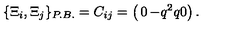
\{ \Xi _ { i } , \Xi _ { j } \} _ { P . B . } = C _ { i j } = \left( \begin{matrix} { 0 } & { - q ^ { 2 } } & { } \\ { q } & { 0 } & { } \\ \end{matrix} \right) .